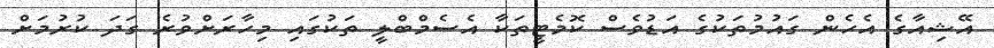
އޭޝިއާގެ އެހެން ގައުމުތަކުގެ އަޑުވެސް ކޮމެޓީތަކާ އެސެމްބްލީ ތަކުގައި މިހާރަށްވުރެ ގަދަ ކުރުމަށް